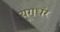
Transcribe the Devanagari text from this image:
यूगधंर